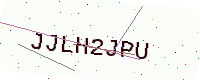
Text: JJLH2JPU